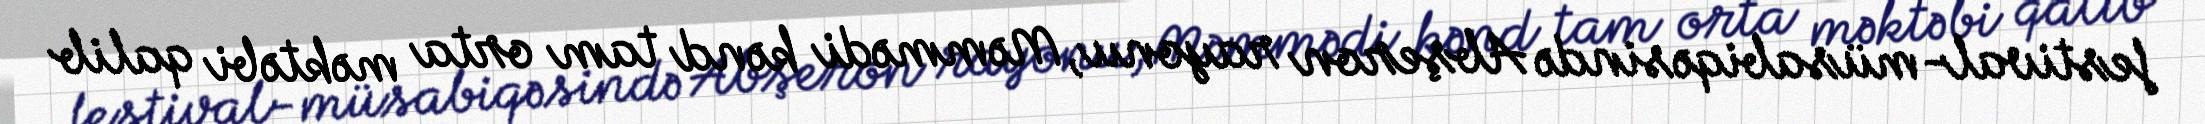
festival-müsabiqəsində Abşeron rayonu, Məmmədi kənd tam orta məktəbi qalib